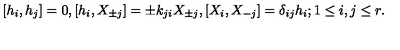
{ } [ h _ { i } , h _ { j } ] = 0 , [ h _ { i } , X _ { \pm j } ] = \pm k _ { j i } X _ { \pm j } , [ X _ { i } , X _ { - j } ] = \delta _ { i j } h _ { i } ; 1 \leq i , j \leq r .